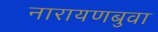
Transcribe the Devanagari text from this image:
नारायणबुवा